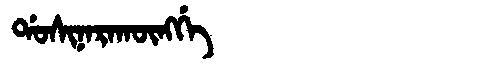
Manchu: ᡩᠣᠰᡳᠨᠠᡵᠠᡴᡡᠩᡤᡝ
Romanization: DOSINARAKŪNGGE